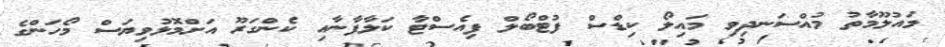
މައުލޫމާތު މުއްސަނދިވި މައިލޯ ކިޑްސް ފުޓްބޯލް ފިއެސްޓާ ކަލާފާނާއި ކެންގަރޫ އަށްމޮޅުވިޔަސް މޯހަންގެ